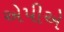
એપીએ